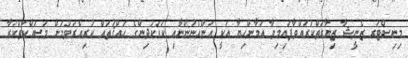
މިނިސްޓަރ ޒެނީޝާ ޒިޔާރަތްކުރައްވާފައިމިވާ އަމާންހިޔާ އަކީ އަންހެނުންނާއި ކުޑަކުދިންގެ ޙައްޤުތައް ކުރިއެރުވުމަށް މަސައްކަތްކުރާ